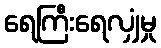
ရေကြီးရေလျှံမှု